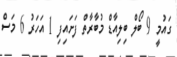
ގައުމީ 9 ބޯލް ބިލިއާޑް މުބާރާތް ފަށައިފި 1 އަހަރު 6 މަސް